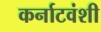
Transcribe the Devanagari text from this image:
कर्नाटवंशी